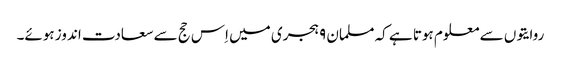
روایتوں سے معلوم ہوتا ہے کہ مسلمان ۹ ہجری میں اِس حج سے سعادت اندوز ہوئے۔